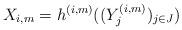
LaTeX: \begin{align*} X_{i,m} = h^{(i,m)}((Y_j^{(i,m)})_{j\in J})\end{align*}